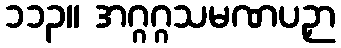
၁၁၃။ အဂ္ဂဂ္ဂသမဏပဉှာ